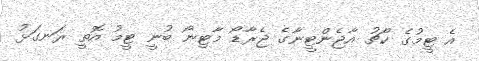
އެ ޓީމުގެ ކޯޗު އާޖެންޓީނާގެ ޖެރާޑޯ މާޓިނޯ ބުނީ ޓީމު އޮތީ ރަނގަޅު